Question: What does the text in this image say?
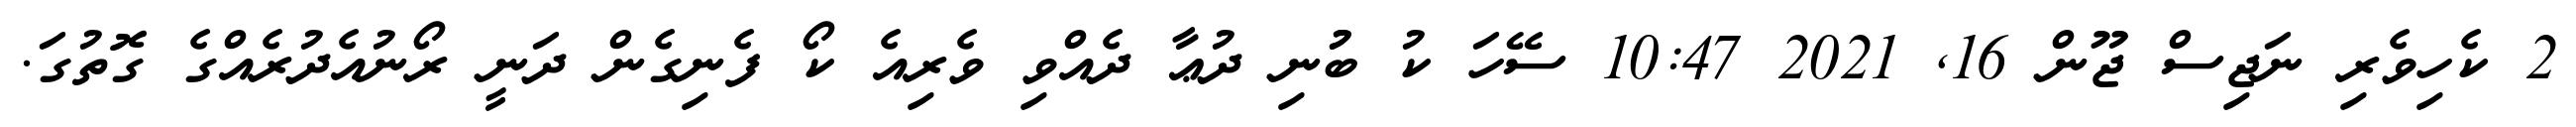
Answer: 2 ކެހިވެރި ނަޖިސް ޖޫން 16, 2021 10:47 ސޭހަ ކު ބުުނި ދުޢާ ދެއްވި ވެރިއެ ކޯ ފެނިގެން ދަނީ ރޯނުއެދުރެއްގެ ގޮތުގަ.